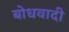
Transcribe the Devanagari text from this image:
बोधवादी